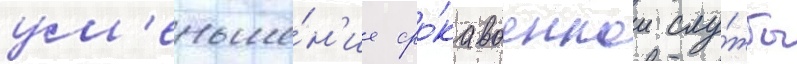
ум'еньше́н'ие сро́ка военнои слу́жбы